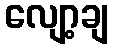
လျော့ချ